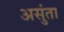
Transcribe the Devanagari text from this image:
असुंता